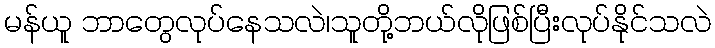
မန်ယူ ဘာတွေလုပ်နေသလဲ၊သူတို့ဘယ်လိုဖြစ်ပြီးလုပ်နိုင်သလဲ